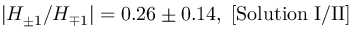
| H _ { \pm 1 } / H _ { \mp 1 } | = 0 . 2 6 \pm 0 . 1 4 , \; [ \mathrm { S o l u t i o n \; I / I I } ]